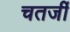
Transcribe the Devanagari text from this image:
चतर्जी